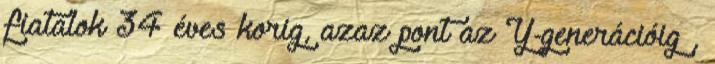
fiatalok 34 éves korig, azaz pont az Y-generációig ,